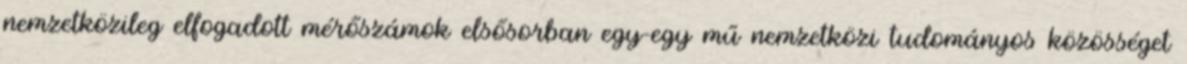
nemzetközileg elfogadott mérőszámok elsősorban egy-egy mű nemzetközi tudományos közösséget